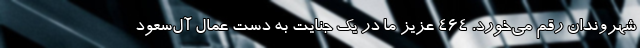
شهروندان رقم می‌خورد. 464 عزیز ما در یک جنایت به دست عمال آل‌سعود